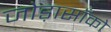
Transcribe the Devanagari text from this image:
जोड़ासाँको